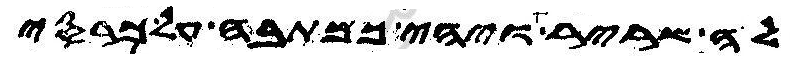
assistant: לה שריר ויהי כמתבה על כרסי